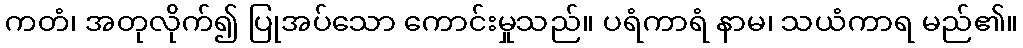
ကတံ၊ အတုလိုက်၍ ပြုအပ်သော ကောင်းမှုသည်။ ပရံကာရံ နာမ၊ သယံကာရ မည်၏။